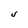
Character: J